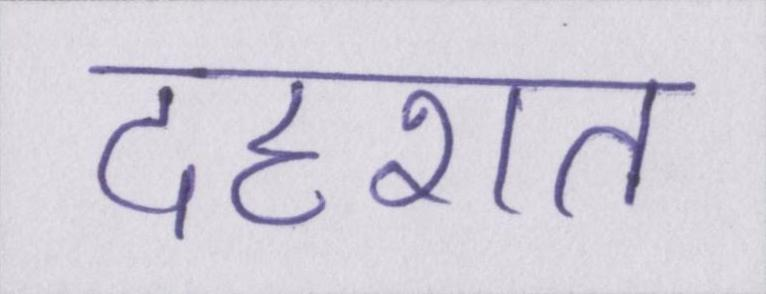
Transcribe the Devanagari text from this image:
दहशत